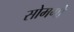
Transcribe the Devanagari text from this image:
सोमगो